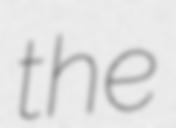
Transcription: the